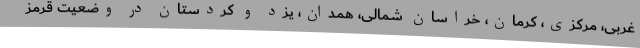
غربی، مرکزی، کرمان، خراسان شمالی، همدان، یزد و کردستان در وضعیت قرمز